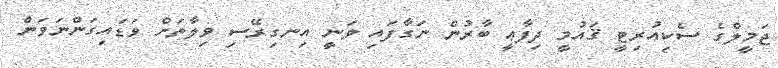
ޖަމީލްގެ ސެކިއުރިޓީ ޤައުމީ ދިފާޢީ ބާރުން ނަގާފައި ވަނީ އިނގިރޭސި ވިލާތަށް ވަޑައިގަންނަވަން